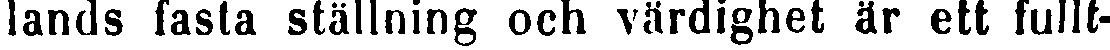
lands fasta ställning och värdighet är ett fullt-